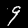
Digit: 9